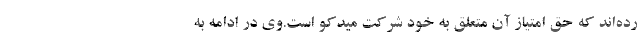
رده‌اند كه حق امتیاز آن متعلق به خود شركت میدكو است.وی در ادامه به